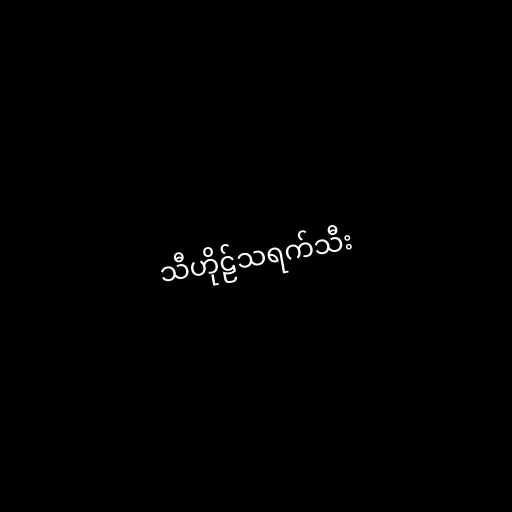
သီဟိုဠ်သရက်သီး